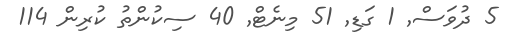
5 ދުވަސް